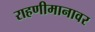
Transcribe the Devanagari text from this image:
राहणीमानावर